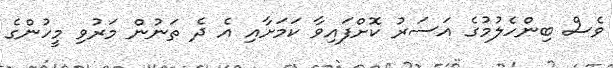
ވެސް ބިންހެލުމުގެ އަސަރު ކޮށްފައިވާ ކަމަށާއި އެ ދެ ތަނުން މަރުވި މީހުންގެ